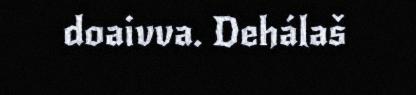
doaivva. Dehálaš